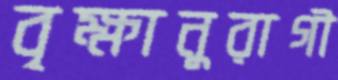
বৃক্ষানুরাগী